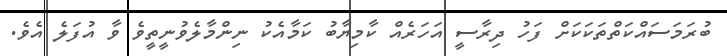
ބުރަމަސައްކަތްތަކަކަށް ފަހު ދިރާސީ އަހަރެއް ކާމިޔާބު ކަމާއެކު ނިންމާލެވުނީތީވެ ވާ އުފަލެ އެވެ.